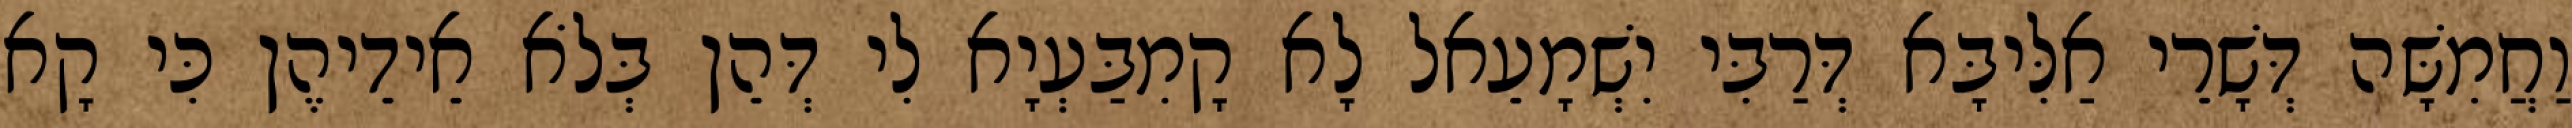
וַחֲמִשָּׁה דְּשָׁרֵי אַלִּיבָּא דְּרַבִּי יִשְׁמָעֵאל לָא קָמִבַּעְיָא לִי דְּהֵן בְּלֹא אֵידֵיהֶן כִּי קָא